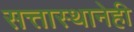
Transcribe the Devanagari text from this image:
सत्तास्थानेही